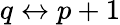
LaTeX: q\leftrightarrow p+1